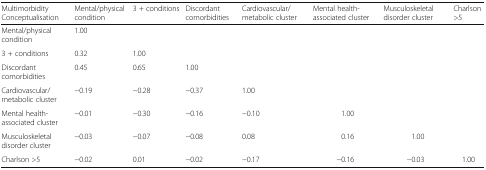
<table><thead><tr><td><b>Multimorbidity Conceptualisation</b></td><td><b>Mental/physical condition</b></td><td><b>3 + conditions</b></td><td><b>Discordant comorbidities</b></td><td><b>Cardiovascular/metabolic cluster</b></td><td><b>Mental health-associated cluster</b></td><td><b>Musculoskeletal disorder cluster</b></td><td><b>Charlson &gt;5</b></td></tr></thead><tbody><tr><td>Mental/physical condition</td><td>1.00</td><td></td><td></td><td></td><td></td><td></td><td></td></tr><tr><td>3 + conditions</td><td>0.32</td><td>1.00</td><td></td><td></td><td></td><td></td><td></td></tr><tr><td>Discordant comorbidities</td><td>0.45</td><td>0.65</td><td>1.00</td><td></td><td></td><td></td><td></td></tr><tr><td>Cardiovascular/metabolic cluster</td><td>−0.19</td><td>−0.28</td><td>−0.37</td><td>1.00</td><td></td><td></td><td></td></tr><tr><td>Mental health-associated cluster</td><td>−0.01</td><td>−0.30</td><td>−0.16</td><td>−0.10</td><td>1.00</td><td></td><td></td></tr><tr><td>Musculoskeletal disorder cluster</td><td>−0.03</td><td>−0.07</td><td>−0.08</td><td>0.08</td><td>0.16</td><td>1.00</td><td></td></tr><tr><td>Charlson &gt;5</td><td>−0.02</td><td>0.01</td><td>−0.02</td><td>−0.17</td><td>−0.16</td><td>−0.03</td><td>1.00</td></tr></tbody></table>